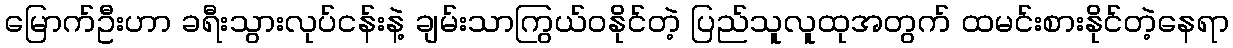
မြောက်ဦးဟာ ခရီးသွားလုပ်ငန်းနဲ့ ချမ်းသာကြွယ်ဝနိုင်တဲ့ ပြည်သူလူထုအတွက် ထမင်းစားနိုင်တဲ့နေရာ